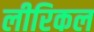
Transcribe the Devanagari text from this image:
लीरिकल